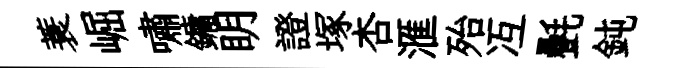
蓑崛嘯鏞眀證塚杏滙殆冱㲲鈍